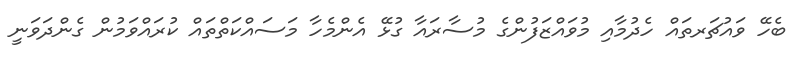
ބެހޭ ވައުޗަރތައް ހެދުމާއި މުވައްޒަފުންގެ މުސާރައާ ގުޅޭ އެންމެހާ މަސައްކަތްތައް ކުރައްވަމުން ގެންދަވަނީ